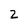
Character: 2